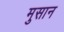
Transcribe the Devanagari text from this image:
मुसान